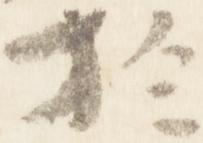
於